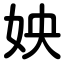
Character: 姎